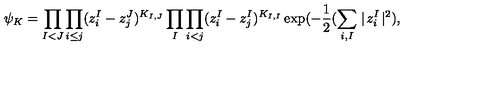
\psi _ { K } = \prod _ { I < J } \prod _ { i \leq j } ( z _ { i } ^ { I } - z _ { j } ^ { J } ) ^ { K _ { I , J } } \prod _ { I } \prod _ { i < j } ( z _ { i } ^ { I } - z _ { j } ^ { I } ) ^ { K _ { I , I } } \exp ( - { \frac { 1 } { 2 } } ( \sum _ { i , I } \mid \! z _ { i } ^ { I } \! \mid ^ { 2 } ) ,